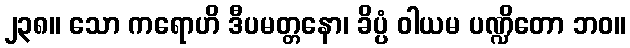
၂၃၈။ သော ကရောဟိ ဒီပမတ္တနော၊ ခိပ္ပံ ဝါယမ ပဏ္ဍိတော ဘဝ။